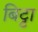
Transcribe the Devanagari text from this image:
बिट्टा